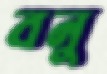
বনু